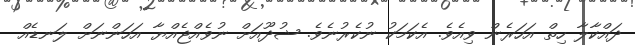
ދައްކާލާ ހިތް އަހަރެން ވިއެވެ. އެކަމަކު ނުކެރުނެވެ. ޝުދޫއަށް ނުވެއްޖެއްޔާ އަހަންނަށް ލަނޑެއް